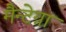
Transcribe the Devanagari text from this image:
मैन्टेग्ना